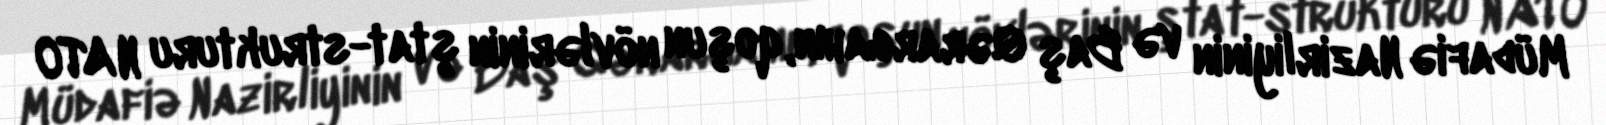
Müdafiə Nazirliyinin və Baş Qərargahın, qoşun növlərinin ştat-strukturu NATO